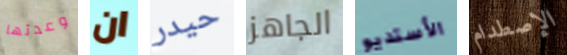
وعدتها ان حيدر الجاهز الأستديو الإصطدام